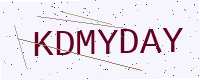
Text: KDMYDAY